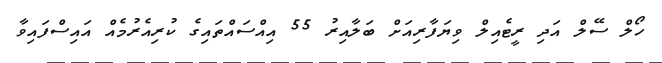
ހޯލް ސޭލް އަދި ރީޓެއިލް ވިޔަފާރިއަށް ބަލާއިރު 55 އިއްސައްތައިގެ ކުރިއެރުމެއް އައިސްފައިވާ